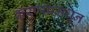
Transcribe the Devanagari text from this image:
करण्यामधून